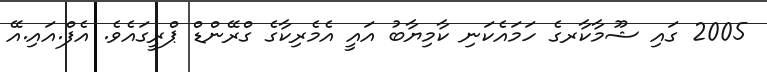
2005 ގައި ޝޫމާކާރގެ ހަމައެކަނި ކާމިޔާބު އައީ އެމެރިކާގެ ގްރޭންޑް ޕްރީގައެވެ. އެފް.އައި.އޭ